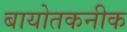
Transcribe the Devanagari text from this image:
बायोतकनीक